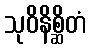
သုဝိနိစ္ဆိတံ